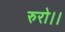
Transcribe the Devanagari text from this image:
रुरो।।